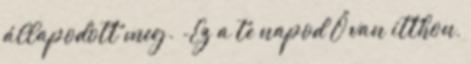
állapodott meg. -Ez a te napod Ő van itthon,